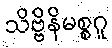
သိဗ္ဗိနိမစ္စဂူ